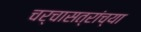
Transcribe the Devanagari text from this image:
चर्चासत्रांच्या